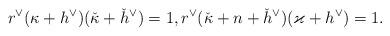
LaTeX: \begin{align*}r^\vee (\kappa+h^\vee) (\check{\kappa}+\check{h}^\vee)=1,r^\vee (\check{\kappa}+n+\check{h}^\vee)(\varkappa+h^\vee)=1.\end{align*}